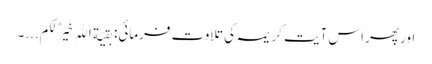
اور پھر اس آیت کریمہ کی تلاوت فرمائی: بقیّة اللهِ خَیرٌ لکم...۔